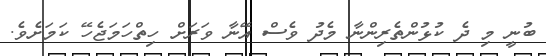
ބުނީ މި ދެ ކުޅުންތެރިންނާ މެދު ވެސް އޭނާ ވަރަށް ހިތްހަމަޖެހޭ ކަމަށެވެ.